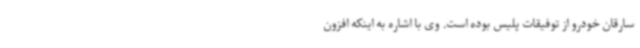
سارقان خودرو از توفیقات پلیس بوده است. وی با اشاره به اینکه افزون